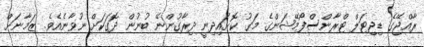
ރާއްޖޭގެ ޑިޖިޓަލް ޓްރާންސްފޯމޭޝަންގެ މަގު ކޮށައިދިނީ ދިރާގުންނޭ ބުނުން ދޮގަކަށް ނުވާނެއެވެ. ޒަމާނަށް